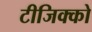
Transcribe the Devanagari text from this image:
टीजिक्को